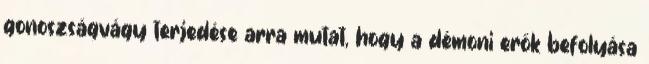
gonoszságvágy terjedése arra mutat, hogy a démoni erők befolyása